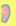
و